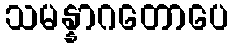
သမန္နာဂတောပေ